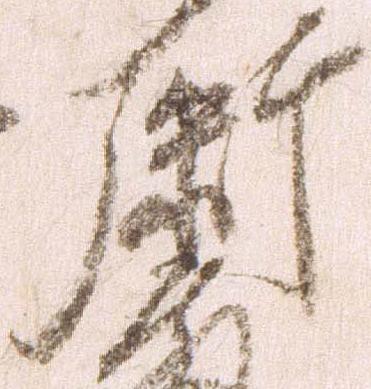
弼